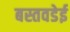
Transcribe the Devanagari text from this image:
बस्तवडेई